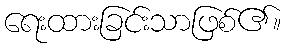
ရေးထားခြင်းသာဖြစ်၏။